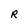
Character: R